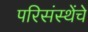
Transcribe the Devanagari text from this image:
परिसंस्थेंचे